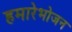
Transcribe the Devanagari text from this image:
हमारेभोजन